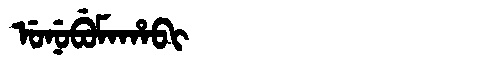
Manchu: ᡠᠨᡠᠪᡠᠮᠠᡥᠠᠪᡳ
Romanization: UNUBUMAHABI